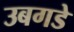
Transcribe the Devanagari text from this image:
उबगडे